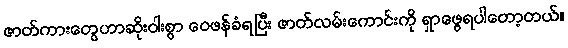
ဇာတ်ကားတွေဟာဆိုးဝါးစွာ ဝေဖန်ခံရပြီး ဇာတ်လမ်းကောင်းကို ရှာဖွေရပါတော့တယ်။